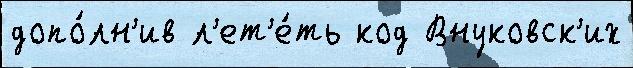
допо́лн'ив л'ет'е́ть код Внуковск'их